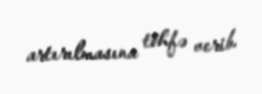
artırılmasına töhfə verib.